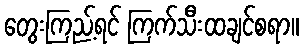
တွေးကြည့်ရင် ကြက်သီးထချင်စရာ။